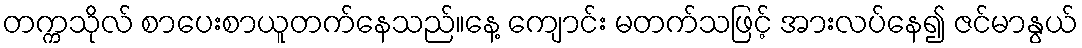
တက္ကသိုလ် စာပေးစာယူတက်နေသည်။နေ့ ကျောင်း မတက်သဖြင့် အားလပ်နေ၍ ဇင်မာနွယ်